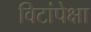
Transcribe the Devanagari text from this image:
विटांपेक्षा